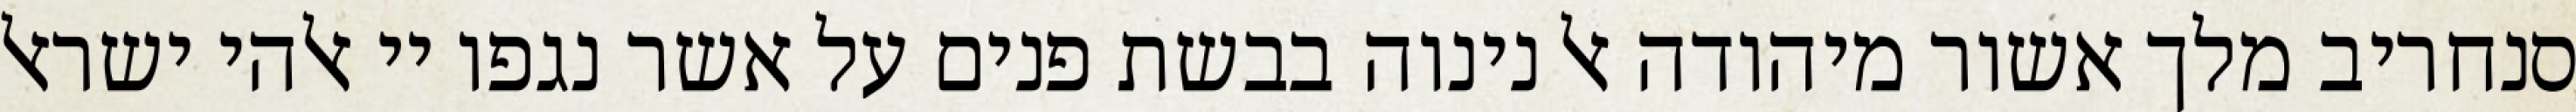
סנחריב מלך אשור מיהודה אל נינוה בבשת פנים על אשר נגפו יי אלהי ישראל